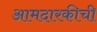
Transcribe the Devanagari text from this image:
आमदारकीची